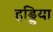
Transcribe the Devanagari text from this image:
हड्डिया